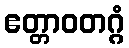
ဧတ္တာဝတဂ္ဂံ